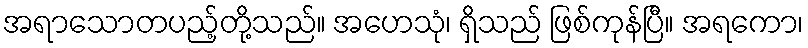
အရာသောတပည့်တို့သည်။ အဟေသုံ၊ ရှိသည် ဖြစ်ကုန်ပြီ။ အရကော၊